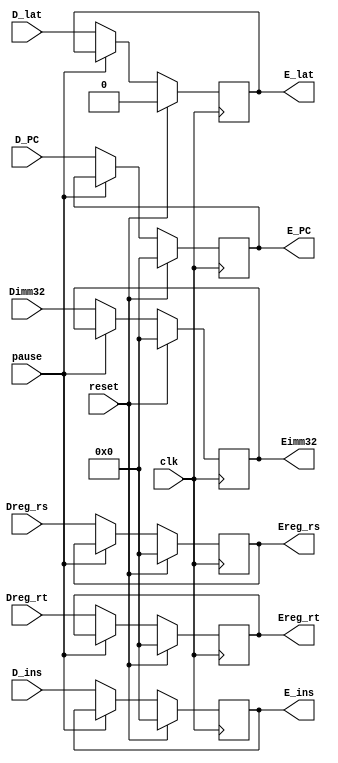
module ID2EX(
    input reset, clk, pause,
    input [31:0] Dimm32, Dreg_rs, Dreg_rt, D_PC, D_ins, 
    input D_lat,
    output reg [31:0] Eimm32, Ereg_rs, Ereg_rt, E_PC, E_ins, 
    output reg E_lat
);
    initial begin
        Eimm32 = 0;
        Ereg_rs = 0;
        Ereg_rt = 0;
        E_PC = 0;
        E_ins = 0;
        E_lat = 0;
    end

    always @(posedge clk) begin
        if (reset) begin
            Eimm32 = 0;
            Ereg_rs = 0;
            Ereg_rt = 0;
            E_PC = 0;
            E_ins = 0;
            E_lat = 0;
        end
        else if(!pause) begin
            Eimm32 <= Dimm32;
            Ereg_rs <= Dreg_rs;
            Ereg_rt <= Dreg_rt;
            E_PC <= D_PC;
            E_ins <= D_ins;
            E_lat <= D_lat;
        end
    end


endmodule